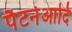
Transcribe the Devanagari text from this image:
पैटर्नआदि